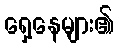
ရှေ့နေများ၏